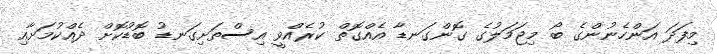
މިފަދަ އަންހެނުންގެ ބޯ މިޖަމަލުގެ ގޮންގަނޑާ އެއްގޮތް ކުރެއްވީ އިސްތަށިގަނޑު ބޮޑުކޮށް ދެއްކުމަށާއި